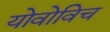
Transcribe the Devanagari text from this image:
योवोविच